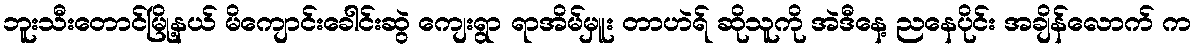
ဘူးသီးတောင်မြို့နယ် မိကျောင်းခေါင်းဆွဲ ကျေးရွာ ရာအိမ်မှူး တာဟဲရ် ဆိုသူကို အဲဒီနေ့ ညနေပိုင်း အချိန်လောက် က